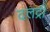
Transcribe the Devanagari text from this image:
दलद्री